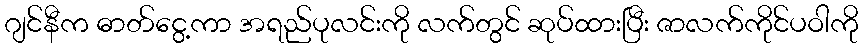
ဂျင်နီက ဓာတ်ငွေ့ကာ အရည်ပုလင်းကို လက်တွင် ဆုပ်ထားပြီး ဇာလက်ကိုင်ပဝါကို